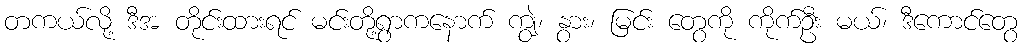
တကယ်လို့ ဒီအ တိုင်းထားရင် မင်းတို့ရွာကနောက် ကျွဲ၊ နွား၊ မြင်း တွေကို ကိုက်ဦး မယ်၊ ဒီကောင်တွေ